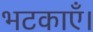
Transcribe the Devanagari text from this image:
भटकाएँ।